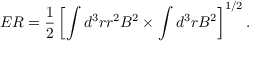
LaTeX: E R = \frac { 1 } { 2 } \left[ \int d ^ { 3 } r r ^ { 2 } { \cal B } ^ { 2 } \times \int d ^ { 3 } r { \cal B } ^ { 2 } \right] ^ { 1 / 2 } .